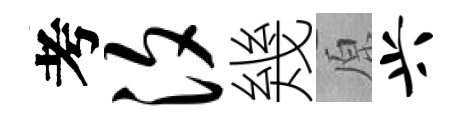
考汐幾原兴